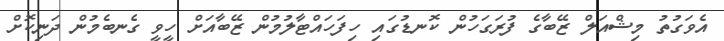
އެވަގުތު މިޝްއަލް ޒޭބާގެ ފުރަގަހުން ކޮނޑުގައި ހިފަހައްޓާލުމުން ޒޭބާއަށް ހީވީ ގެނބެމުން ދަނިކޮށް